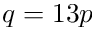
q = 1 3 p